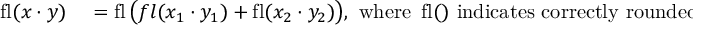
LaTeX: \begin{array} { r l } { \operatorname { f l } ( x \cdot y ) } & { { } = \operatorname { f l } { \big ( } f l ( x _ { 1 } \cdot y _ { 1 } ) + \operatorname { f l } ( x _ { 2 } \cdot y _ { 2 } ) { \big ) } , { \mathrm { ~ w h e r e ~ } } \operatorname { f l } ( ) { \mathrm { ~ i n d i c a t e s ~ c o r r e c t l y ~ r o u n d e d ~ f l o a t i n g - p o i n t ~ a r i t h m e t i c } } } \end{array}